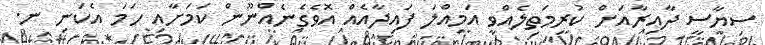
ސިޔާސީ ދާއިރާއަށް ކުރިމަތިލެއްވީ އަމިއްލަ ފައިދާއެއް އޮވެގެނެއްނޫން ކަމަށާއި ހަމަ އެކަނި ނ.